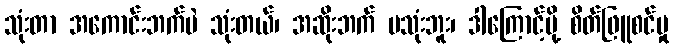
သုံးတာ အကောင်းဘက်ပဲ သုံးတယ်၊ အဆိုးဘက် မသုံးဘူး၊ ဒါကြောင့်မို့ စိတ်ဖြူစင်မှု